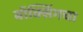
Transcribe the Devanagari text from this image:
बॉक्सिंगचा